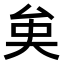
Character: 𠫪